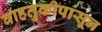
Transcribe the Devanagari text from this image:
वाहतुकीपासून